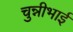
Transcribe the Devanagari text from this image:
चुन्नीभाई